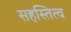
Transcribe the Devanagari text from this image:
सहस्तित्व